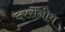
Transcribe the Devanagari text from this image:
दरसनीय